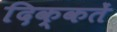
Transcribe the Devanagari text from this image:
दिक्‍कतें